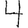
Digit: 4